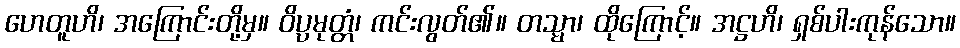
ဟေတူဟိ၊ အကြောင်းတို့မှ။ ဝိပ္ပမုတ္တံ၊ ကင်းလွတ်၏။ တသ္မာ၊ ထိုကြောင့်။ အဋ္ဌဟိ၊ ရှစ်ပါးကုန်သော။